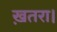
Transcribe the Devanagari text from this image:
ख़तरा।